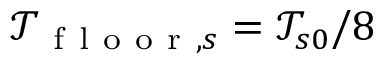
\mathcal { T } _ { \mathrm { ~ f ~ l ~ o ~ o ~ r ~ } , s } = \mathcal { T } _ { s 0 } / 8